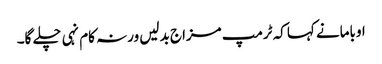
اوبامانے کہا کہ ٹرمپ مزاج بدلیں ورنہ کام نہی چلے گا۔